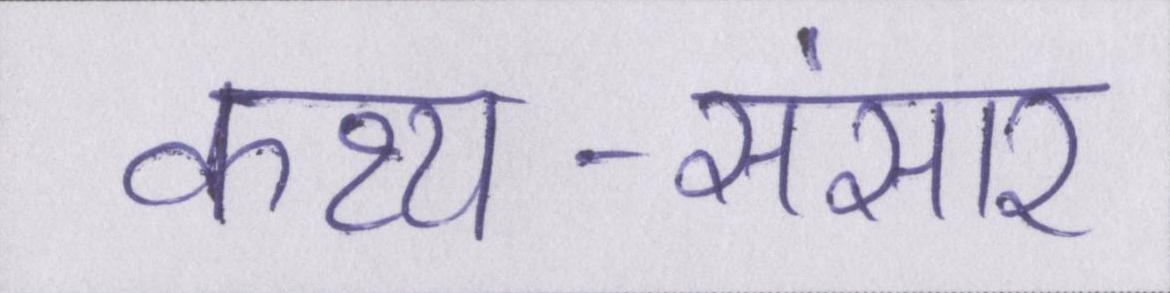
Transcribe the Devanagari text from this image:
कथ्य-संसार